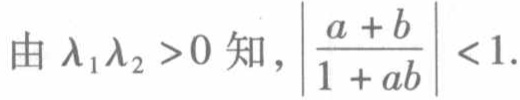
由 \(\lambda_1\lambda_2 > 0\) 知，\(\left|\frac{a + b}{1 + ab}\right| < 1\).